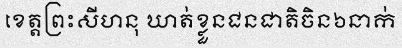
ខេត្តព្រះសីហនុ ឃាត់ខ្លួនជនជាតិចិន៦នាក់